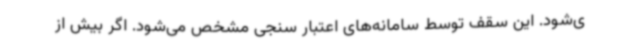
ی‌شود. این سقف توسط سامانه‌های اعتبار سنجی مشخص می‌شود. اگر بیش از